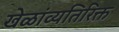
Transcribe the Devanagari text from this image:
खेळांव्यतिरिक्त